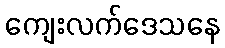
ကျေးလက်ဒေသနေ